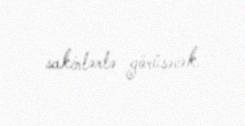
sakinlərlə görüşəcək.